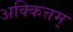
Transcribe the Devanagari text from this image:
अक्कित्तम्